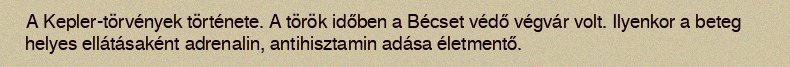
A Kepler-törvények története. A török időben a Bécset védő végvár volt. Ilyenkor a beteg helyes ellátásaként adrenalin, antihisztamin adása életmentő.